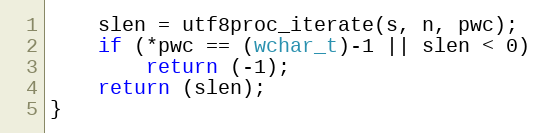
Language: C
	slen = utf8proc_iterate(s, n, pwc);
	if (*pwc == (wchar_t)-1 || slen < 0)
		return (-1);
	return (slen);
}